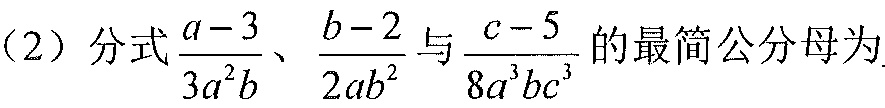
（2）分式\(\frac{a - 3}{3a^{2}b}\)、\(\frac{b - 2}{2ab^{2}}\)与\(\frac{c - 5}{8a^{3}bc^{3}}\)的最简公分母为